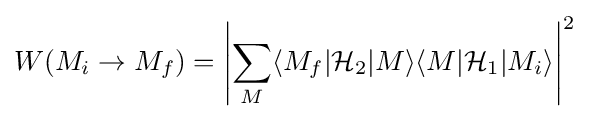
W(M_{i}\rightarrow M_{f})=\left|\sum _{M}\langle M_{f}|{\mathcal {H}}_{2}|M\rangle \langle M|{\mathcal {H}}_{1}|M_{i}\rangle \right|^{2}